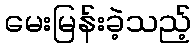
မေးမြန်းခဲ့သည့်